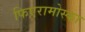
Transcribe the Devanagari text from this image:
फिएरामोस्का